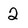
Character: 2